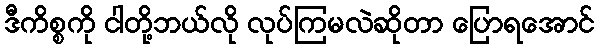
ဒီကိစ္စကို ငါတို့ဘယ်လို လုပ်ကြမလဲဆိုတာ ပြောရအောင်